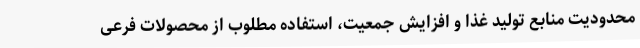
محدودیت منابع تولید غذا و افزایش جمعیت، استفاده مطلوب از محصولات فرعی